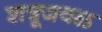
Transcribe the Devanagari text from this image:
शत्रूजवळ